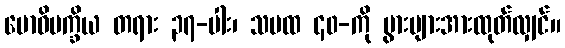
ဗောဓိပက္ခိယ တရား ၃၇-ပါး၊ သမထ ၄၀-ကို ပွားများအားထုတ်လျှင်။